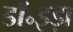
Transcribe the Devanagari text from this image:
डॉ॰इड़ा